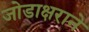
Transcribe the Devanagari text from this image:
जोडाक्षराने